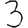
Digit: 3